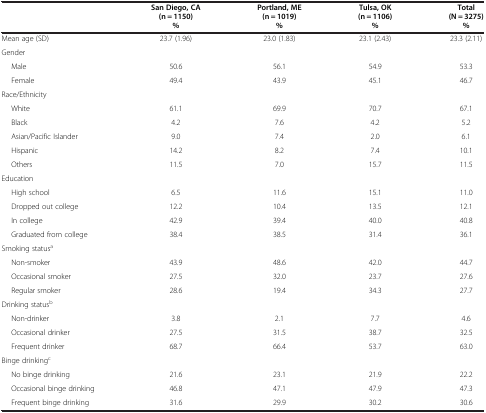
|  | San Diego, CA (n = 1150) % | Portland, ME (n = 1019) % | Tulsa, OK (n = 1106) % | Total (N = 3275) % |
 | --- | --- | --- | --- | --- |
 | Mean age (SD) | 23.7 (1.96) | 23.0 (1.83) | 23.1 (2.43) | 23.3 (2.11) |
 | Gender |  |  |  |  |
 | Male | 50.6 | 56.1 | 54.9 | 53.3 |
 | Female | 49.4 | 43.9 | 45.1 | 46.7 |
 | Race/Ethnicity |  |  |  |  |
 | White | 61.1 | 69.9 | 70.7 | 67.1 |
 | Black | 4.2 | 7.6 | 4.2 | 5.2 |
 | Asian/Pacific Islander | 9.0 | 7.4 | 2.0 | 6.1 |
 | Hispanic | 14.2 | 8.2 | 7.4 | 10.1 |
 | Others | 11.5 | 7.0 | 15.7 | 11.5 |
 | Education |  |  |  |  |
 | High school | 6.5 | 11.6 | 15.1 | 11.0 |
 | Dropped out college | 12.2 | 10.4 | 13.5 | 12.1 |
 | In college | 42.9 | 39.4 | 40.0 | 40.8 |
 | Graduated from college | 38.4 | 38.5 | 31.4 | 36.1 |
 | Smoking statusa |  |  |  |  |
 | Non-smoker | 43.9 | 48.6 | 42.0 | 44.7 |
 | Occasional smoker | 27.5 | 32.0 | 23.7 | 27.6 |
 | Regular smoker | 28.6 | 19.4 | 34.3 | 27.7 |
 | Drinking statusb |  |  |  |  |
 | Non-drinker | 3.8 | 2.1 | 7.7 | 4.6 |
 | Occasional drinker | 27.5 | 31.5 | 38.7 | 32.5 |
 | Frequent drinker | 68.7 | 66.4 | 53.7 | 63.0 |
 | Binge drinkingc |  |  |  |  |
 | No binge drinking | 21.6 | 23.1 | 21.9 | 22.2 |
 | Occasional binge drinking | 46.8 | 47.1 | 47.9 | 47.3 |
 | Frequent binge drinking | 31.6 | 29.9 | 30.2 | 30.6 |